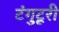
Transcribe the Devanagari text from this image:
टंगुटूरी